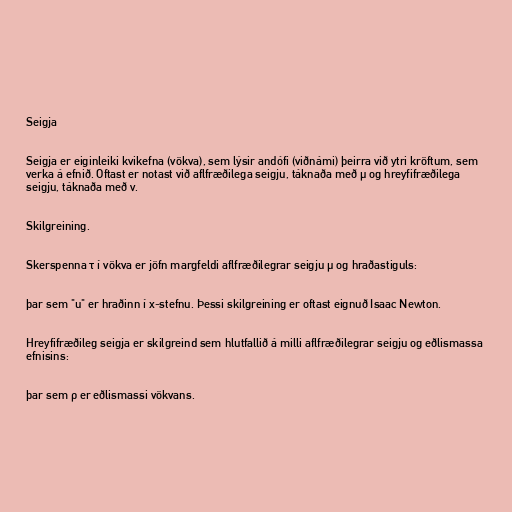
Seigja

Seigja er eiginleiki kvikefna (vökva), sem lýsir andófi (viðnámi) þeirra við ytri kröftum, sem
verka á efnið. Oftast er notast við aflfræðilega seigju, táknaða með μ og hreyfifræðilega
seigju, táknaða með ν.

Skilgreining.

Skerspenna τ í vökva er jöfn margfeldi aflfræðilegrar seigju μ og hraðastiguls:

þar sem "u" er hraðinn í x-stefnu. Þessi skilgreining er oftast eignuð Isaac Newton.

Hreyfifræðileg seigja er skilgreind sem hlutfallið á milli aflfræðilegrar seigju og eðlismassa
efnisins:

þar sem ρ er eðlismassi vökvans.